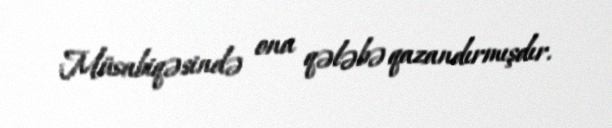
Müsabiqəsində ona qələbə qazandırmışdır.